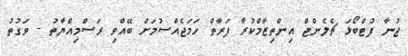
ޖުނާ ފުޓްބޯޅަ ޗެލެންޖް އިންތިޒާމްކުރާ ފަރާތް ހަމަޖެއްސުމަށް ބޭއްވި ރަސްމިއްޔާތު - ވަގުތު